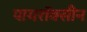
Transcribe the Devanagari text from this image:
पायरॉक्सीन